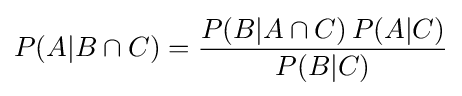
P(A\vert B\cap C)={\frac {P(B\vert A\cap C)\,P(A\vert C)}{P(B\vert C)}}